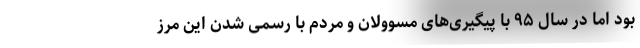
بود اما در سال ۹۵ با پیگیری‌های مسوولان و مردم با رسمی شدن این مرز